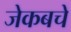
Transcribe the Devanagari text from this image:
जेकबचे